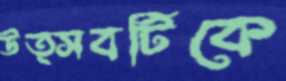
উত্সবটিকে